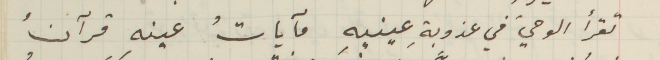
تقرأ الوحيَ في عذوبةِ عينيهِ مآياتُ عينهِ قرآنُ